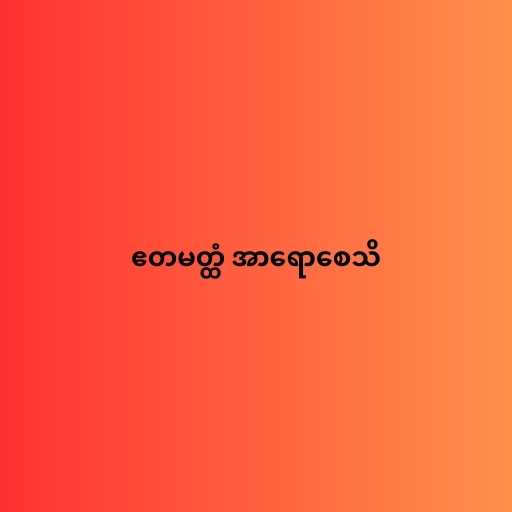
ဧတမတ္ထံ အာရောစေသိ